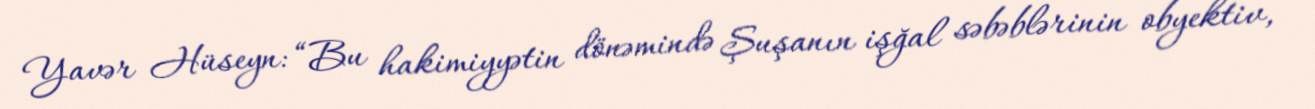
Yavər Hüseyn: “Bu hakimiyyətin dönəmində Şuşanın işğal səbəblərinin obyektiv,